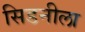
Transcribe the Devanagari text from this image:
सिडनीला